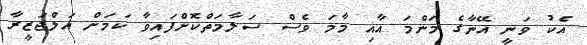
އެކު ވަނީ އޭނާގެ މަންމަ އާއި މާމަ ވެސް ސަލާމަތްކޮށްފައިވާ ކަމަށް އަލްޖަޒީރާ